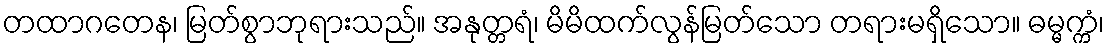
တထာဂတေန၊ မြတ်စွာဘုရားသည်။ အနုတ္တရံ၊ မိမိထက်လွန်မြတ်သော တရားမရှိသော။ ဓမ္မက္ကံ၊